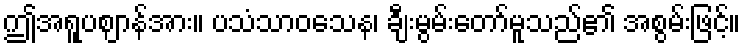
ဤအရူပဈာန်အား။ ပသံသာဝသေန၊ ချီးမွမ်းတော်မူသည်၏ အစွမ်းဖြင့်။